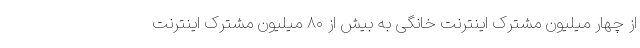
از چهار میلیون مشترک اینترنت خانگی به بیش از ۸۰ میلیون مشترک اینترنت